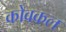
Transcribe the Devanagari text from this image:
कोवकल